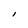
Character: I